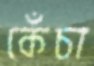
কেঁচা